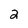
Character: 2